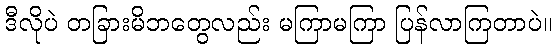
ဒီလိုပဲ တခြားမိဘတွေလည်း မကြာမကြာ ပြန်လာကြတာပဲ။